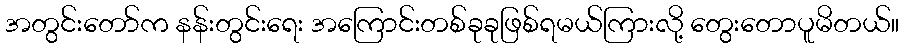
အတွင်းတော်က နန်းတွင်းရေး အကြောင်းတစ်ခုခုဖြစ်ရမယ်ကြားလို့ တွေးတောပူမိတယ်။